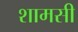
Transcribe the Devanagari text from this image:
शामसी